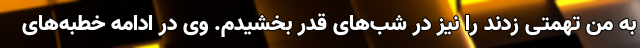
به من تهمتی زدند را نیز در شب‌های قدر بخشیدم. وی در ادامه خطبه‌های